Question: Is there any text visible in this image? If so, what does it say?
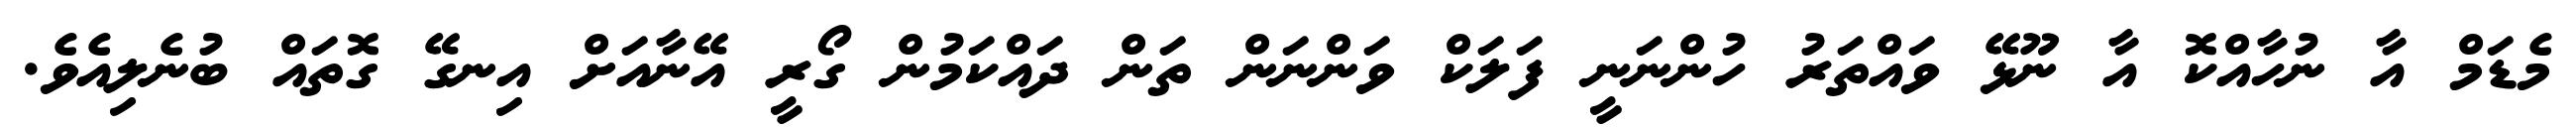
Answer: މެޑަމް އާ ނުހާއްކޮ އާ ނޫޅޭ ވައްތަރު ހުންނަނީ ފަލަކް ވަންނަން ތަން ދައްކަމުން ގޯރީ އޭނާއަށް އިނގޭ ގޮތައް ބުނެލިއެވެ.